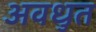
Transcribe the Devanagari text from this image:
अवधुत